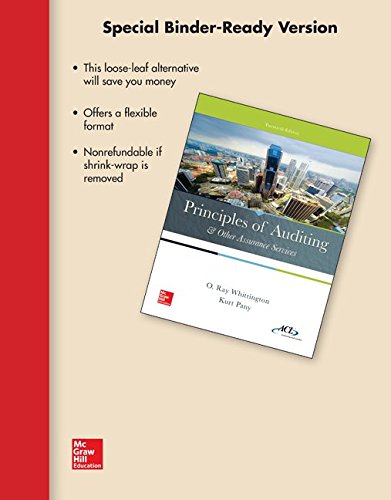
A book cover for Loose-Leaf for Principles of Auditing & Other Assurance Services; Ray Whittington; Business & Money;